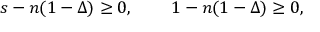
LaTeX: s - n ( 1 - \Delta ) \geq 0 , \, \, \, \, \, \, \, \, \, \, \, \, \, 1 - n ( 1 - \Delta ) \geq 0 ,